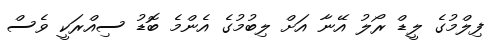
ފިލްމުގެ ލީޑް ރޯލު އޭނާ އަށް ލިބުމުގެ އެންމެ ބޮޑު ސިއްރަކީ ވެސް